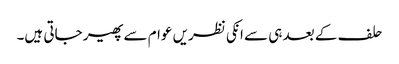
حلف کے بعد ہی سے انکی نظریں عوام سے پھیر جاتی ہیں۔